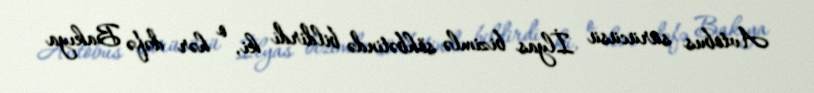
Avtobus sürücüsü İlyas bizimlə söhbətində bildirdi ki, o hər dəfə Bakıya